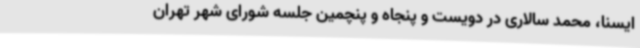
ایسنا، محمد سالاری در دویست و پنجاه و پنچمین جلسه شورای شهر تهران